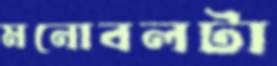
মনোবলটা